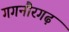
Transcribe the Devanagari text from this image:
गगनौरगढ़